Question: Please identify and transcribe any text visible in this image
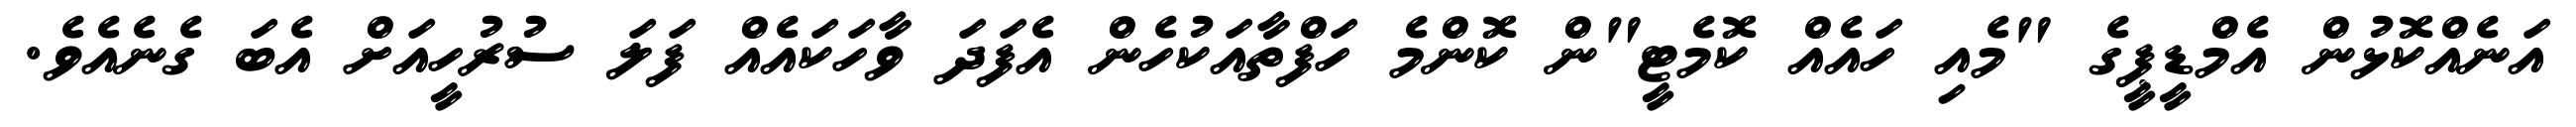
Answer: އަނެއްކޮޅުން އެމްޑީޕީގެ "މެއި ހައެއް ކޮމެޓީ"ން ކޮންމެ ހަފްތާއަކުހެން އެފަދަ ވާހަކައެއް ފަލަ ސުރުހީއަށް އެބަ ގެނެއެވެ.